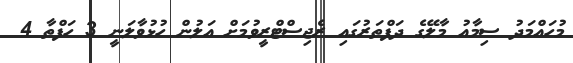
މުހައްމަދު ސިމާއު މާލޭގެ ދަފްތަރުގައި ރެޖިސްޓްރީވުމަށް އަލުން ހުޅުވާލަނީ 3 ހަފްތާ 4